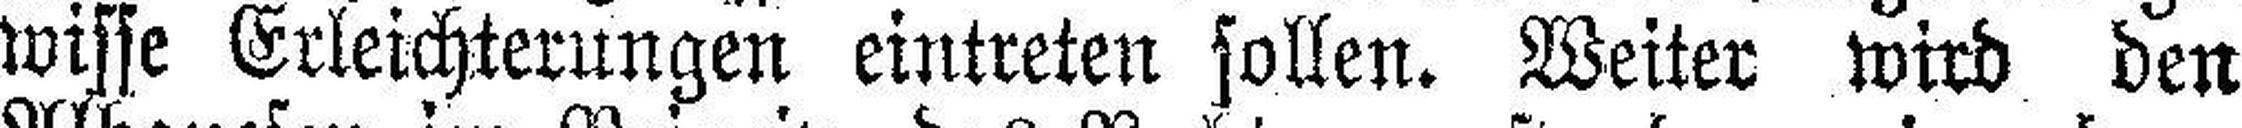
wisse Erleichterungen eintreten sollen. Weiter wird den